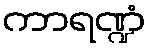
ကာရဏ္ဍံ